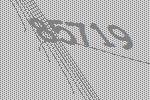
85719